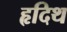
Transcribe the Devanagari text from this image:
हृदिथ